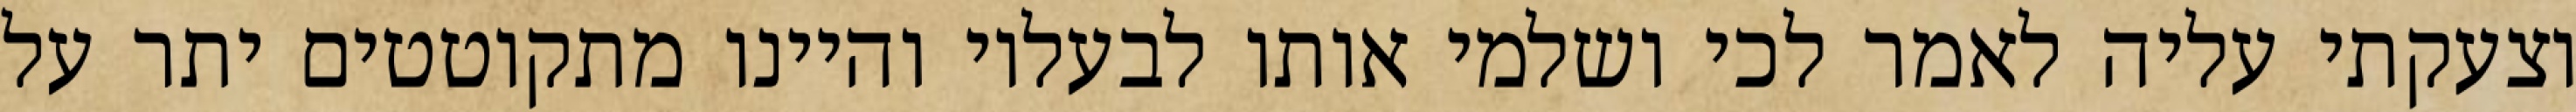
וצעקתי עליה לאמר לכי ושלמי אותו לבעליו והיינו מתקוטטים יתר על